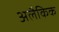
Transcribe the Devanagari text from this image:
अलैकिक